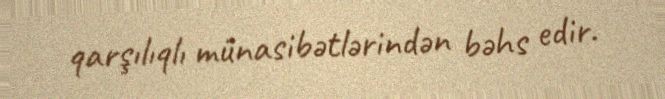
qarşılıqlı münasibətlərindən bəhs edir.